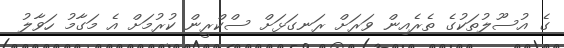
ގެ އުސޫލުތަކުގެ ތެރެއިން ވަރަށް ރަނގަޅަށް ސްކްރީން ކުރުމަށް އެ މަގާމު ހަވާލު